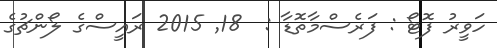
ހަވީރު ފޮޓޯ : ފަރެސްމާތޮޑާ :  18